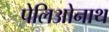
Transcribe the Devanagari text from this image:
पेलिओनाथ